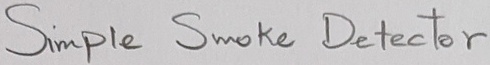
Text: Simple Smoke Detector